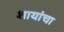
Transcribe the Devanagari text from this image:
शायांचा